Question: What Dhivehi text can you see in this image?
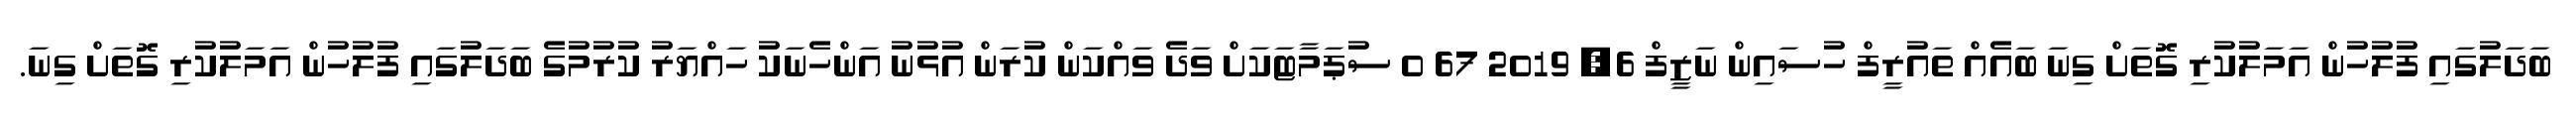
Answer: ބަދަލުގައި ފުލުހުން އަމަލުކުރި ގޮތަށް ގިނަ ބައެއް ތައުރީފް ހުސައިން ނަޒީފް 6, 2019 67 0 ސުޕަމާޓަކަށް ވަދެ ވައްކަން ކުރަން އުޅުނު އަންހެނަކު ހައްޔަރު ކުރުމުގެ ބަދަލުގައި ފުލުހުން އަމަލުކުރި ގޮތަށް ގިނަ.